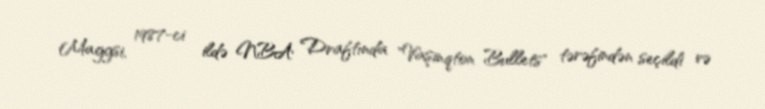
Maggsi, 1987-ci ildə NBA Draftında "Vaşinqton Bullets" tərəfindən seçildi və